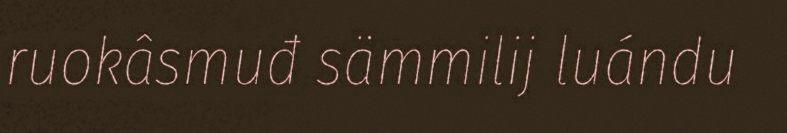
ruokâsmuđ sämmilij luándu